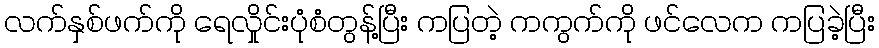
လက်နှစ်ဖက်ကို ရေလှိုင်းပုံစံတွန့်ပြီး ကပြတဲ့ ကကွက်ကို ဖင်လေက ကပြခဲ့ပြီး